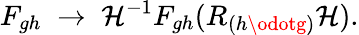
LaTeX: F_{gh}\; \rightarrow\; \mathcal{H}^{-1}F_{gh}(R_{(h\odotg)}\mathcal{H}).